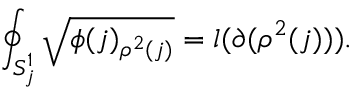
\oint _ { S _ { j } ^ { 1 } } \sqrt { \phi ( j ) _ { \rho ^ { 2 } ( j ) } } = l ( \partial ( \rho ^ { 2 } ( j ) ) ) .